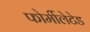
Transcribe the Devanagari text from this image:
फोर्मीलेटेड